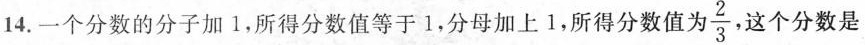
14.一个分数的分子加1，所得分数值等于1，分母加上1，所得分数值 为 \frac{2}{3}， 这个分数是